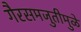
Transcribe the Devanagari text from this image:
गैरसमजुतीमुळे